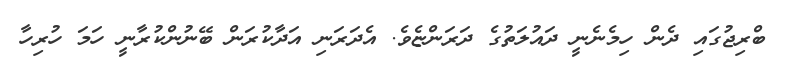
ބްރިޖުގައި ދެން ހިމެނެނީ ދައުލަތުގެ ދަރަންޏެވެ. އެދަރަނި އަދާކުރަން ބޭނުންކުރާނީ ހަމަ ހުރިހާ